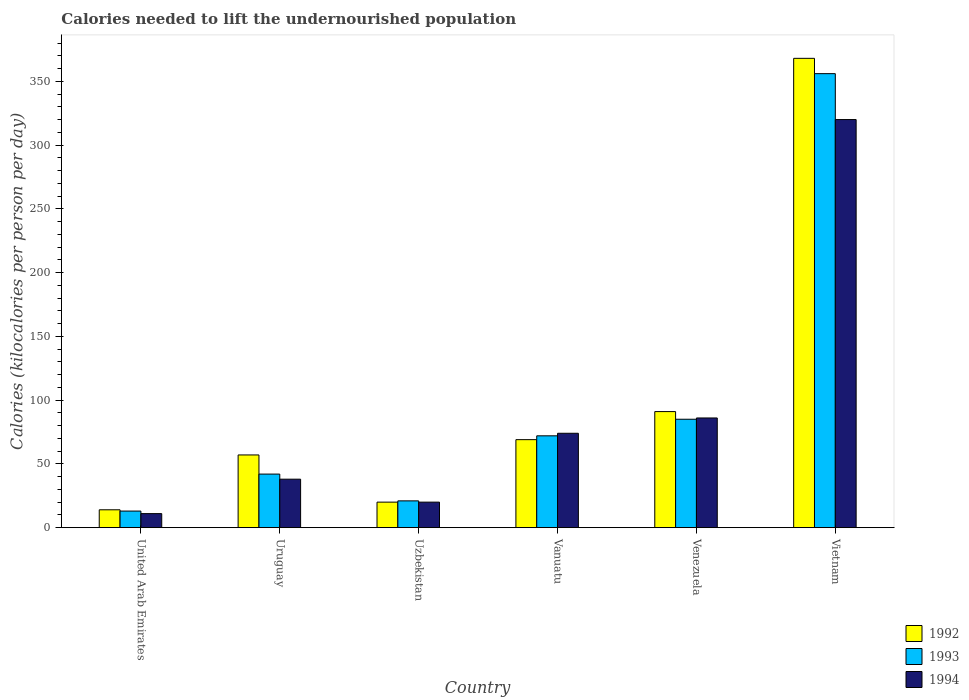
| Country | 1992 | 1993 | 1994 |
 | --- | --- | --- | --- |
 | United Arab Emirates | 14 | 13 | 11 |
 | Uruguay | 57 | 42 | 38 |
 | Uzbekistan | 20 | 21 | 20 |
 | Vanuatu | 69 | 72 | 74 |
 | Venezuela | 91 | 85 | 86 |
 | Vietnam | 368 | 356 | 320 |